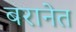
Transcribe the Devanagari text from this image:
बरानेत